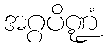
အဂ္ဂပိဏ္ဍံ